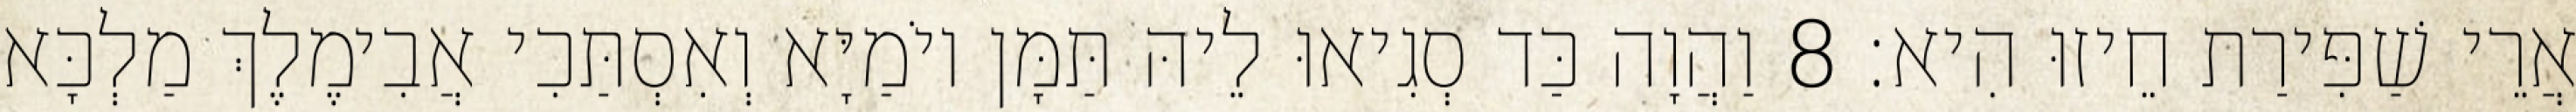
אֲרֵי שַׁפִּירַת חֵיזוּ הִיא׃ 8 וַהֲוָה כַּד סְגִיאוּ לֵיהּ תַּמָּן יוֹמַיָּא וְאִסְתַּכִי אֲבִימֶלֶךְ מַלְכָּא